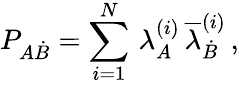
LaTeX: P_{A\dot{B}}=\sum_{i=1}^{N}\, \lambda_{A}^{(i)}\, \overline{{{\lambda}}}_{\dot{B}}^{(i)}\, ,